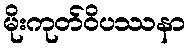
မိုးကုတ်ဝိပဿနာ